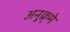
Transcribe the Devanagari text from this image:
अनुक्र्मे